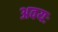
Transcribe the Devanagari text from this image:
अवयः